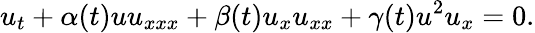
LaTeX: u_{t}+\alpha(t)uu_{xxx}+\beta(t)u_{x}u_{xx}+\gamma(t)u^{2}u_{x}=0.